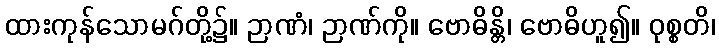
ထားကုန်သောမဂ်တို့၌။ ဉာဏံ၊ ဉာဏ်ကို။ ဗောဓိန္တိ၊ ဗောဓိဟူ၍။ ဝုစ္စတိ၊